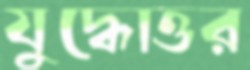
যুদ্ধোত্তর